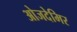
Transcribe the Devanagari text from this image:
ओजदेमिर